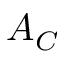
A _ { C }